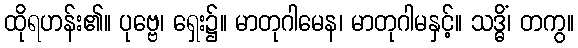
ထိုရဟန်း၏။ ပုဗ္ဗေ၊ ရှေး၌။ မာတုဂါမေန၊ မာတုဂါမနှင့်။ သဒ္ဓိံ၊ တကွ။